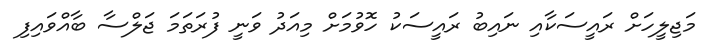
މަޖިލީހަށް ރައީސަކާއި ނައިބު ރައީސަކު ހޮވުމަށް މިއަދު ވަނީ ފުރަތަމަ ޖަލްސާ ބާއްވައިފި